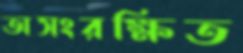
অসংরক্ষিত